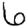
Digit: 6